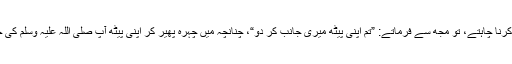
جب آپ صلی اللہ علیہ وسلم غسل کرنا چاہتے، تو مجھ سے فرماتے: ”تم اپنی پیٹھ میری جانب کر دو“، چنانچہ میں چہرہ پھیر کر اپنی پیٹھ آپ صلی اللہ علیہ وسلم کی جانب کر کے آپ پر آڑ کیے رہتا۔